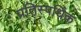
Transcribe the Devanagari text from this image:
प्रतिस्पर्धिक